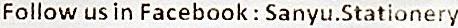
FOLLOW US IN FACEBOOK : SANYU.STATIONERY